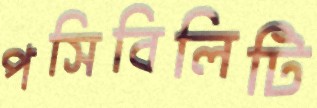
পসিবিলিটি